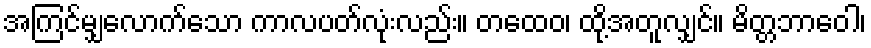
အကြင်မျှလောက်သော ကာလပတ်လုံးလည်း။ တထေဝ၊ ထို့အတူလျှင်။ မိတ္တဘာဝေါ၊